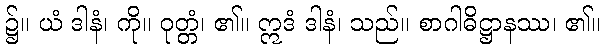
၌။ ယံ ဒါနံ၊ ကို။ ဝုတ္တံ၊ ၏။ ဣဒံ ဒါနံ၊ သည်။ စာဂါဓိဋ္ဌာနဿ၊ ၏။